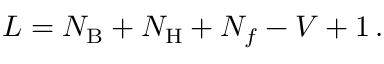
L = N _ { \mathrm { B } } + N _ { \mathrm { H } } + N _ { f } - V + 1 \, .